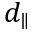
d _ { \parallel }